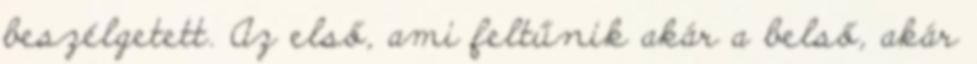
beszélgetett. Az első, ami feltűnik akár a belső, akár